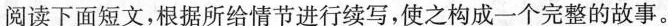
阅读下面短文,根据所给情节进行续写,使之构成一个完整的故事。